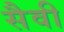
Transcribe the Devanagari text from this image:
सैवी